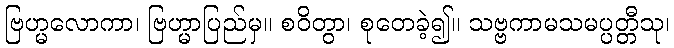
ဗြဟ္မလောကာ၊ ဗြဟ္မာပြည်မှ။ စဝိတွာ၊ စုတေခဲ့၍။ သဗ္ဗကာမသမပ္ပတ္တီသု၊